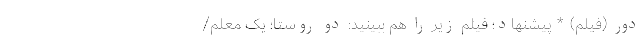
دور (فیلم) * پیشنهاد؛ فیلم‌ زیر را هم ببینید: دو روستا؛ یک معلم/